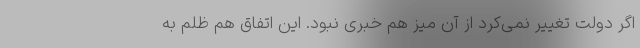
اگر دولت تغییر نمی‌کرد از آن میز هم خبری نبود. این اتفاق هم ظلم به